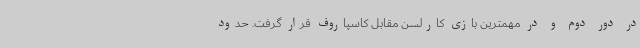
در دور دوم و در مهمترین بازی کارلسن مقابل کاسپاروف قرار گرفت. حدود